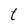
Character: t